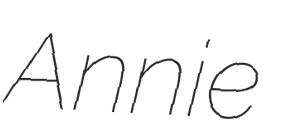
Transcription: Annie